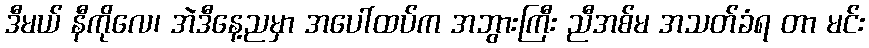
ဒီမယ် နီကိုလေ၊ အဲဒီနေ့ညမှာ အပေါ်ထပ်က အဘွားကြီး ညီအစ်မ အသတ်ခံရ တာ မင်း